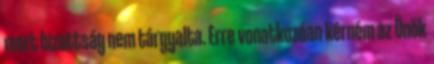
mert bizottság nem tárgyalta. Erre vonatkozóan kérném az Önök